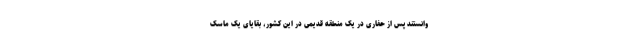
وانستند پس از حفاری در یک منطقه قدیمی در این کشور، بقایای یک ماسک